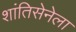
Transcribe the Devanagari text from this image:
शांतिसेनेला